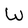
Character: W